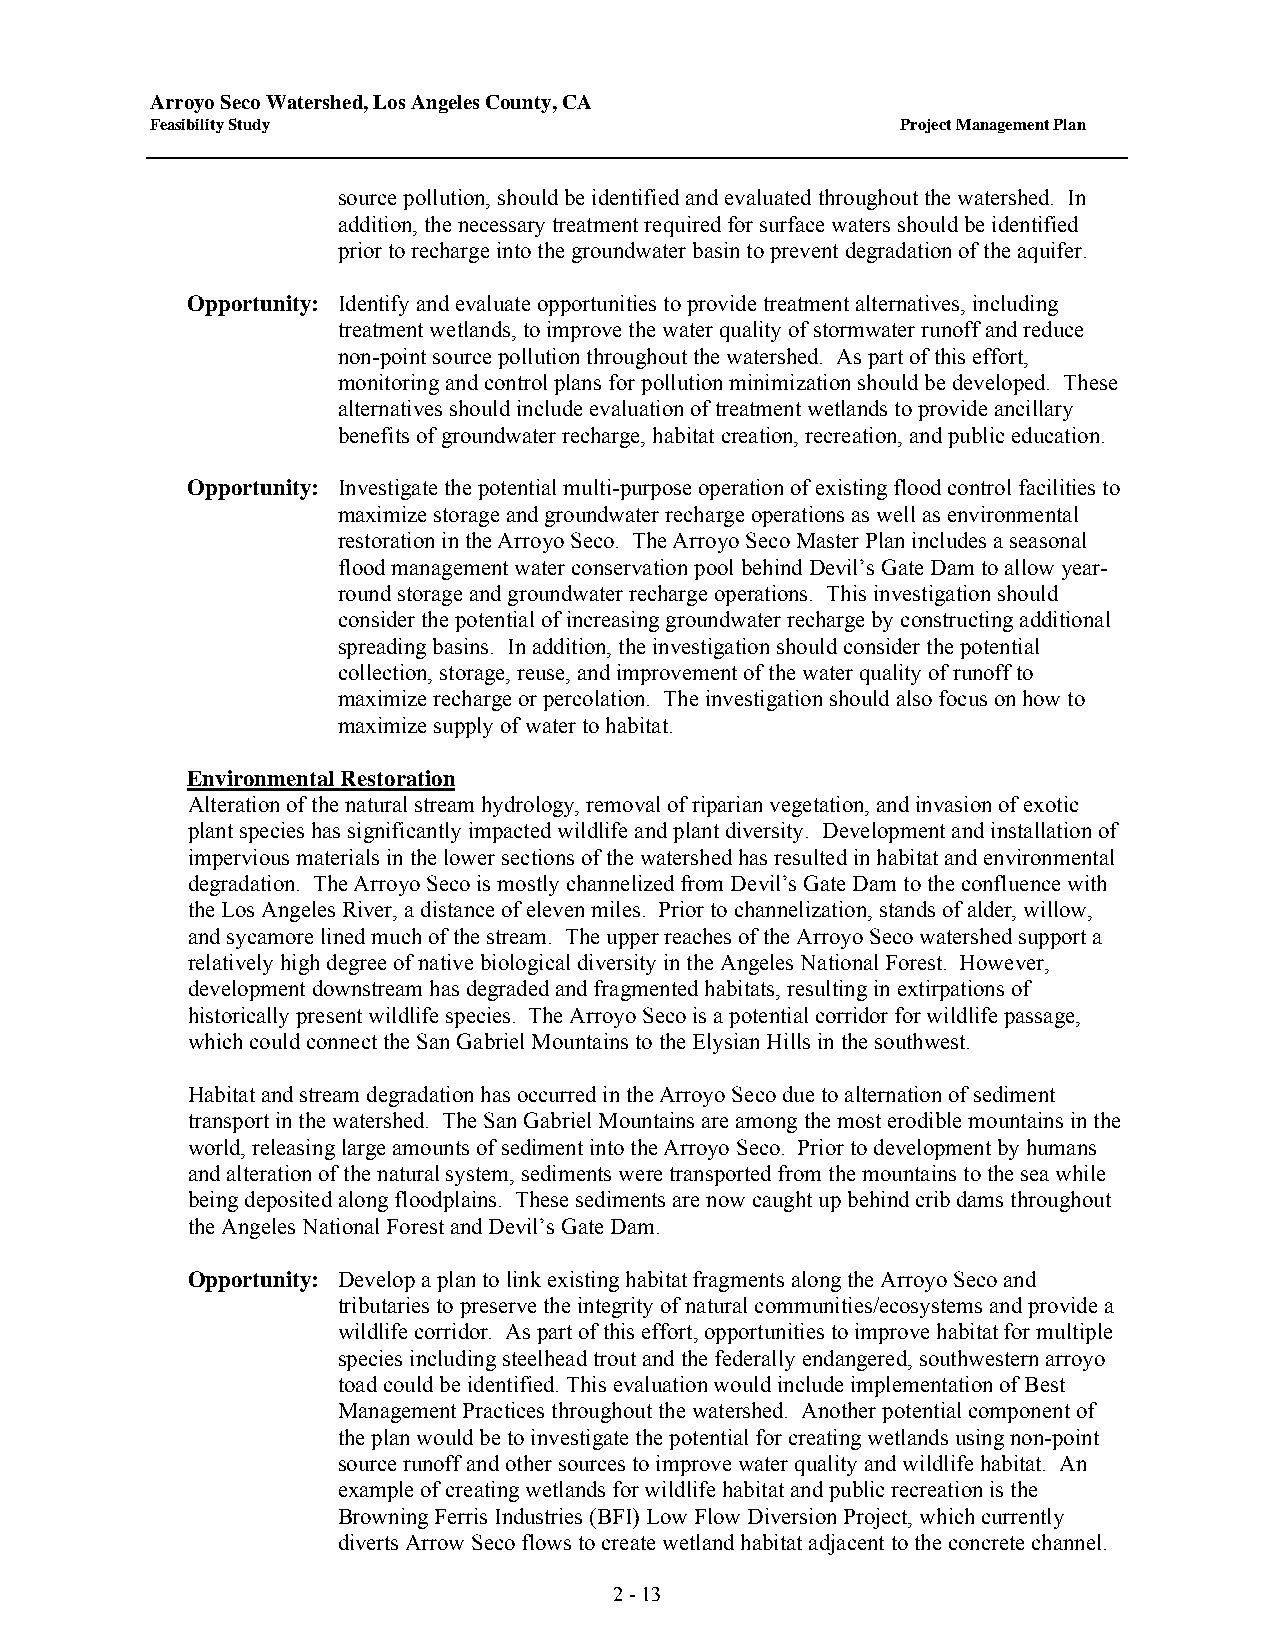
Arroyo Seco Watershed, Los Angeles County, CA
 Feasibility Study                                 Project Management Plan
 source pollution, should be identified and evaluated throughout the watershed. In
 addition, the necessary treatment required for surface waters should be identified
 prior to recharge into the groundwater basin to prevent degradation of the aquifer.
 Opportunity: Identify and evaluate opportunities to provide treatment alternatives, including
 treatment wetlands, to improve the water quality of stormwater runoff and reduce
 non-point source pollution throughout the watershed. As part of this effort,
 monitoring and control plans for pollution minimization should be developed. These
 alternatives should include evaluation of treatment wetlands to provide ancillary
 benefits of groundwater recharge, habitat creation, recreation, and public education.
 Opportunity: Investigate the potential multi-purpose operation of existing flood control facilities to
 maximize storage and groundwater recharge operations as well as environmental
 restoration in the Arroyo Seco. The Arroyo Seco Master Plan includes a seasonal
 flood management water conservation pool behind Devil’s Gate Dam to allow year-
 round storage and groundwater recharge operations. This investigation should
 consider the potential of increasing groundwater recharge by constructing additional
 spreading basins. In addition, the investigation should consider the potential
 collection, storage, reuse, and improvement of the water quality of runoff to
 maximize recharge or percolation. The investigation should also focus on how to
 maximize supply of water to habitat.
 Environmental Restoration
 Alteration of the natural stream hydrology, removal of riparian vegetation, and invasion of exotic
 plant species has significantly impacted wildlife and plant diversity. Development and installation of
 impervious materials in the lower sections of the watershed has resulted in habitat and environmental
 degradation. The Arroyo Seco is mostly channelized from Devil’s Gate Dam to the confluence with
 the Los Angeles River, a distance of eleven miles. Prior to channelization, stands of alder, willow,
 and sycamore lined much of the stream. The upper reaches of the Arroyo Seco watershed support a
 relatively high degree of native biological diversity in the Angeles National Forest. However,
 development downstream has degraded and fragmented habitats, resulting in extirpations of
 historically present wildlife species. The Arroyo Seco is a potential corridor for wildlife passage,
 which could connect the San Gabriel Mountains to the Elysian Hills in the southwest.
 Habitat and stream degradation has occurred in the Arroyo Seco due to alternation of sediment
 transport in the watershed. The San Gabriel Mountains are among the most erodible mountains in the
 world, releasing large amounts of sediment into the Arroyo Seco. Prior to development by humans
 and alteration of the natural system, sediments were transported from the mountains to the sea while
 being deposited along floodplains. These sediments are now caught up behind crib dams throughout
 the Angeles National Forest and Devil’s Gate Dam.
 Opportunity: Develop a plan to link existing habitat fragments along the Arroyo Seco and
 tributaries to preserve the integrity of natural communities/ecosystems and provide a
 wildlife corridor. As part of this effort, opportunities to improve habitat for multiple
 species including steelhead trout and the federally endangered, southwestern arroyo
 toad could be identified. This evaluation would include implementation of Best
 Management Practices throughout the watershed. Another potential component of
 the plan would be to investigate the potential for creating wetlands using non-point
 source runoff and other sources to improve water quality and wildlife habitat. An
 example of creating wetlands for wildlife habitat and public recreation is the
 Browning Ferris Industries (BFI) Low Flow Diversion Project, which currently
 diverts Arrow Seco flows to create wetland habitat adjacent to the concrete channel.
 2 - 13